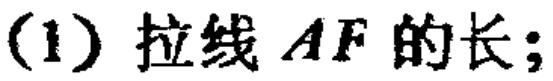
(1) 拉线 \(AF\) 的长;